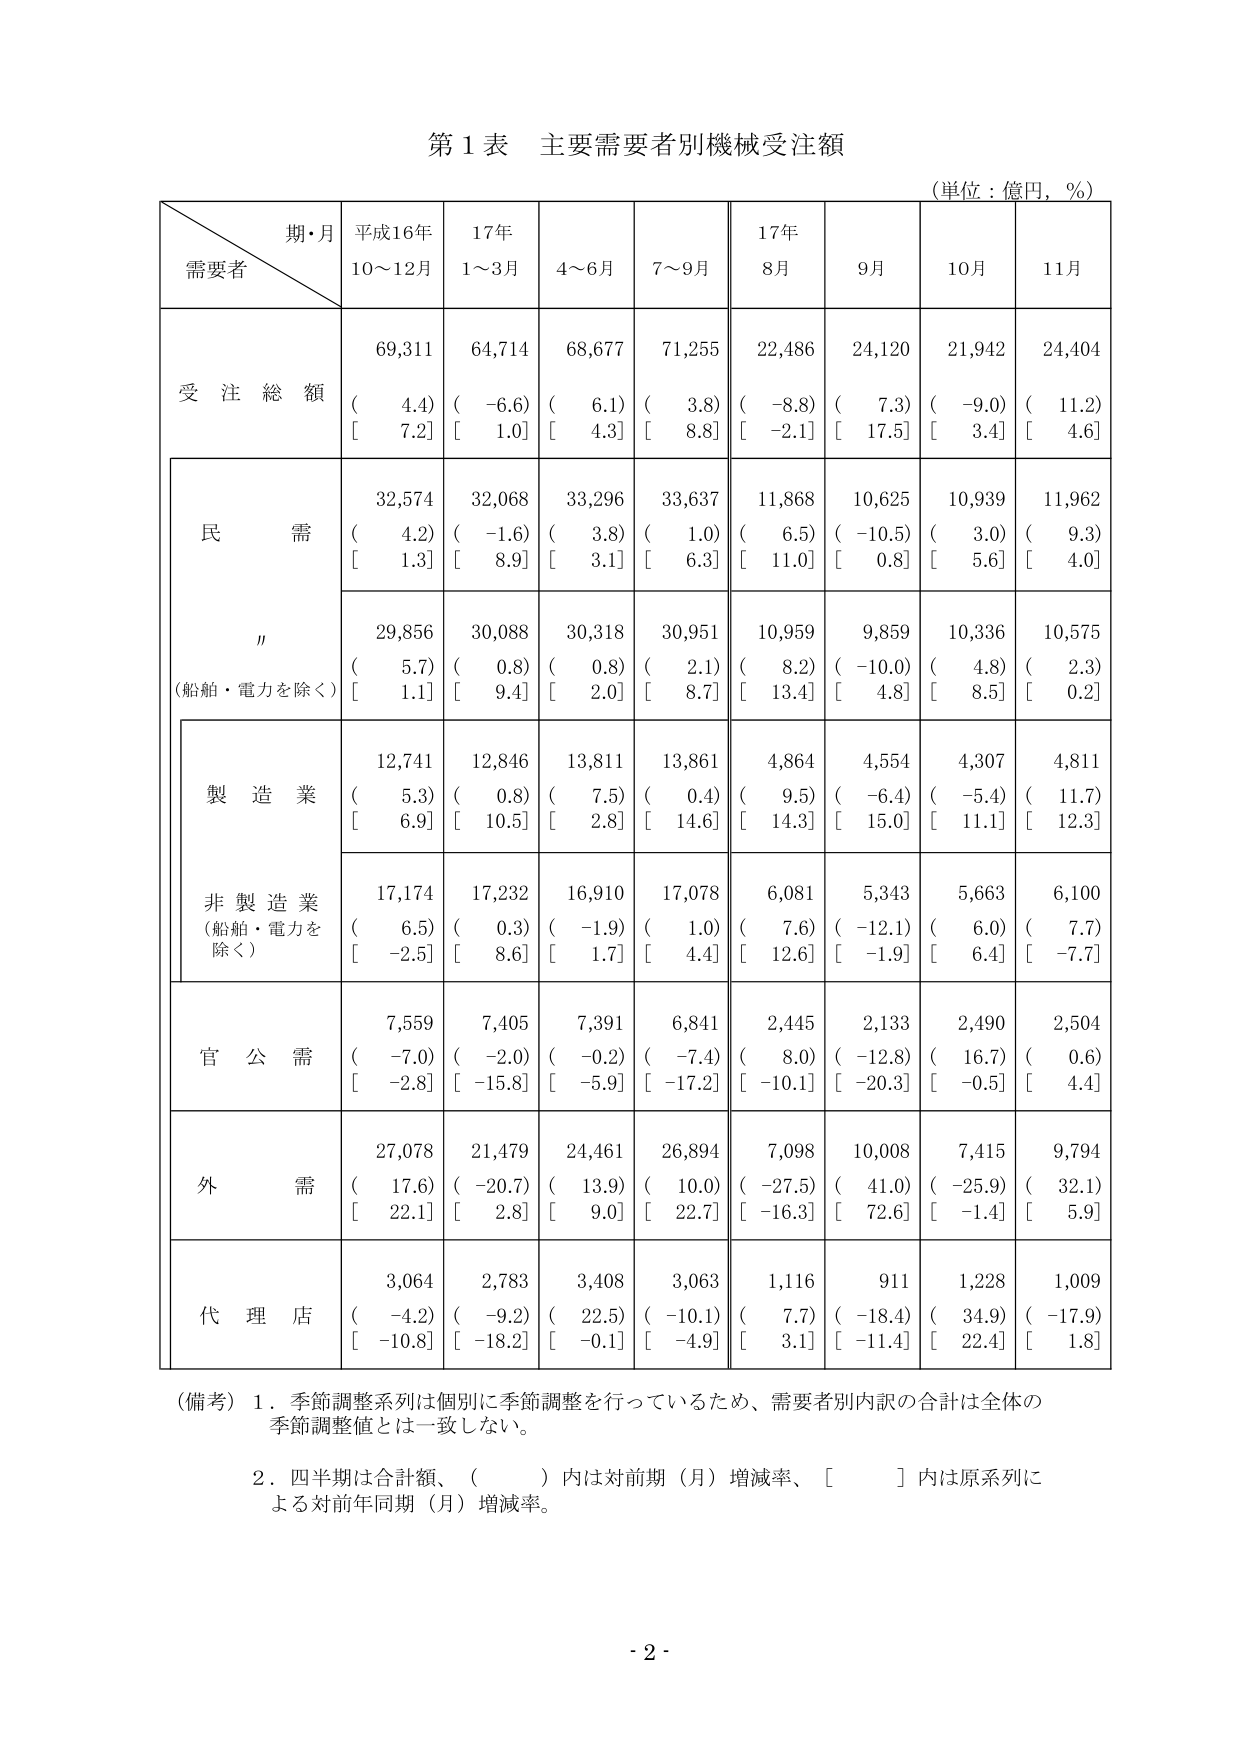
第１表 主要需要者別機械受注額
（単位：億円，％）

期・月
需要者
平成16年
10～12月
17年
1～3月
4～6月
7～9月
17年
8月
9月
10月
11月

受注総額
69,311
64,714
68,677
71,255
22,486
24,120
21,942
24,404
（　4.4）
（－6.6）
（　6.1）
（　3.8）
（－8.8）
（　7.3）
（－9.0）
（　11.2）
［　7.2］
［　1.0］
［　4.3］
［　8.8］
［－2.1］
［　17.5］
［　3.4］
［　4.6］

民需
32,574
32,068
33,296
33,637
11,868
10,625
10,939
11,962
（　4.2）
（－1.6）
（　3.8）
（　1.0）
（　6.5）
（－10.5）
（　3.0）
（　9.3）
［　1.3］
［　8.9］
［　3.1］
［　6.3］
［　11.0］
［　0.8］
［　5.6］
［　4.0］

〃
（船舶・電力を除く）
29,856
30,088
30,318
30,951
10,959
9,859
10,336
10,575
（　5.7）
（　0.8）
（　0.8）
（　2.1）
（　8.2）
（－10.0）
（　4.8）
（　2.3）
［　1.1］
［　9.4］
［　2.0］
［　8.7］
［　13.4］
［　4.8］
［　8.5］
［　0.2］

製造業
12,741
12,846
13,811
13,861
4,864
4,554
4,307
4,811
（　5.3）
（　0.8）
（　7.5）
（　0.4）
（　9.5）
（－6.4）
（－5.4）
（　11.7）
［　6.9］
［　10.5］
［　2.8］
［　14.6］
［　14.3］
［　15.0］
［　11.1］
［　12.3］

非製造業
（船舶・電力を除く）
17,174
17,232
16,910
17,078
6,081
5,343
5,663
6,100
（　6.5）
（　0.3）
（－1.9）
（　1.0）
（　7.6）
（－12.1）
（　6.0）
（　7.7）
［－2.5］
［　8.6］
［　1.7］
［　4.4］
［　12.6］
［－1.9］
［　6.4］
［－7.7］

官公需
7,559
7,405
7,391
6,841
2,445
2,133
2,490
2,504
（－7.0）
（－2.0）
（－0.2）
（－7.4）
（　8.0）
（－12.8）
（　16.7）
（　0.6）
［－2.8］
［－15.8］
［－5.9］
［－17.2］
［－10.1］
［－20.3］
［－0.5］
［　4.4］

外需
27,078
21,479
24,461
26,894
7,098
10,008
7,415
9,794
（　17.6）
（－20.7）
（　13.9）
（　10.0）
（－27.5）
（　41.0）
（－25.9）
（　32.1）
［　22.1］
［　2.8］
［　9.0］
［　22.7］
［－16.3］
［　72.6］
［－1.4］
［　5.9］

代理店
3,064
2,783
3,408
3,063
1,116
911
1,228
1,009
（－4.2）
（－9.2）
（　22.5）
（－10.1）
（　7.7）
（－18.4）
（　34.9）
（－17.9）
［－10.8］
［－18.2］
［－0.1］
［－4.9］
［　3.1］
［－11.4］
［　22.4］
［　1.8］

（備考）１．季節調整系列は個別に季節調整を行っているため、需要者別内訳の合計は全体の季節調整値とは一致しない。
　　　２．四半期は合計額、（　　）内は対前期（月）増減率、［　　］内は原系列による対前年同期（月）増減率。

- 2 -